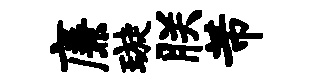
廉璇朕芾